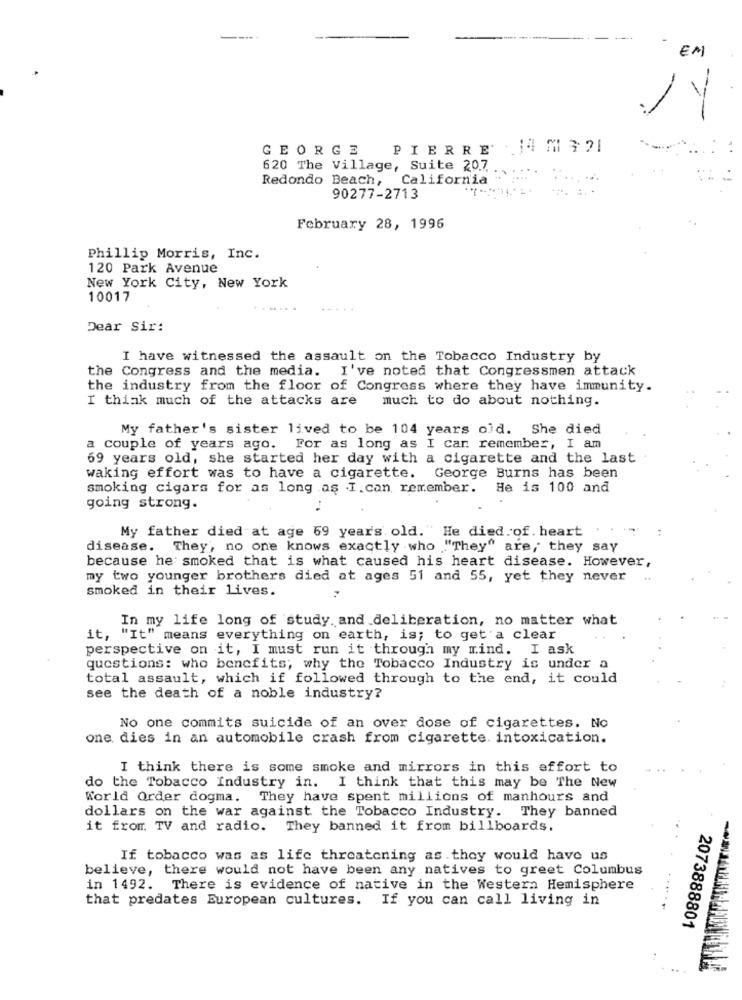
EM
14
GEORGE
PIERRE 14 7321
620 The Village, Suite 20.7
Redondo Beach,
California
90277-2713
February 28, 1996
Phillip Morris, Inc.
120 Park Avenue
New York City, New York
10017
Dear Sir:
I have witnessed the assault on the Tobacco Industry by
the Congress and the media. I've noted that Congressmen attack
the industry from the floor of Congress where they have immunity.
I think much of the attacks are much to do about nothing.
My father's sister lived to be 104 years old. She died
a couple of years ago. For as long as I car remember, I am
69 years old, she started her day with a cigarette and the last
waking effort was to have a cigarette. George Burns has been
smoking cigars for as long as I. can remember. He is 100 and
going strong.
My father died at age 69 years old. "He died of. heart
:
disease. They', no one knows exactly who "They" are, they say
because he: smoked that is what caused his heart disease. However,
my two younger brothers died at ages 51 and 55, yet they never
smoked in their lives.
In my life long of study. and deliberation, no matter what
it, "It" means everything on earth, is; to get a clear
perspective on it, I must run it through my mind. I ask
questions: who benefits; why the Tobacco Industry is under a
total assault, which if followed through to the end, it could
see the death of a noble industry?
No one commits suicide of an over dose of cigarettes. No
one dies in an automobile crash from cigarette. intoxication.
I think there is some smoke and mirrors in this effort to
do the Tobacco Industry in. I think that this may be The New
World Order dogma. They have spent millions of manhours and
dollars on the war against the Tobacco Industry. They banned
it from. TV and radio. They banned it from billboards.
If tobacco was as life threatening as . they would have us
believe, there would not have been any natives to greet Columbus
in 1492. There is evidence of native in the Western Hemisphere
that predates European cultures. If you can call living in
2073888801